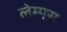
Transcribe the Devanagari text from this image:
लेम्पस